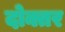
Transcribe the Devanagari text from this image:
दोक्तर